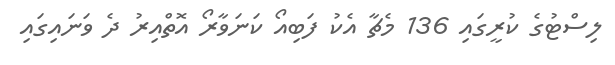
ލިސްޓުގެ ކުރީގައި 136 މެޗާ އެކު ފަބިއޯ ކަނަވާރޯ އޮތްއިރު ދެ ވަނައިގައި